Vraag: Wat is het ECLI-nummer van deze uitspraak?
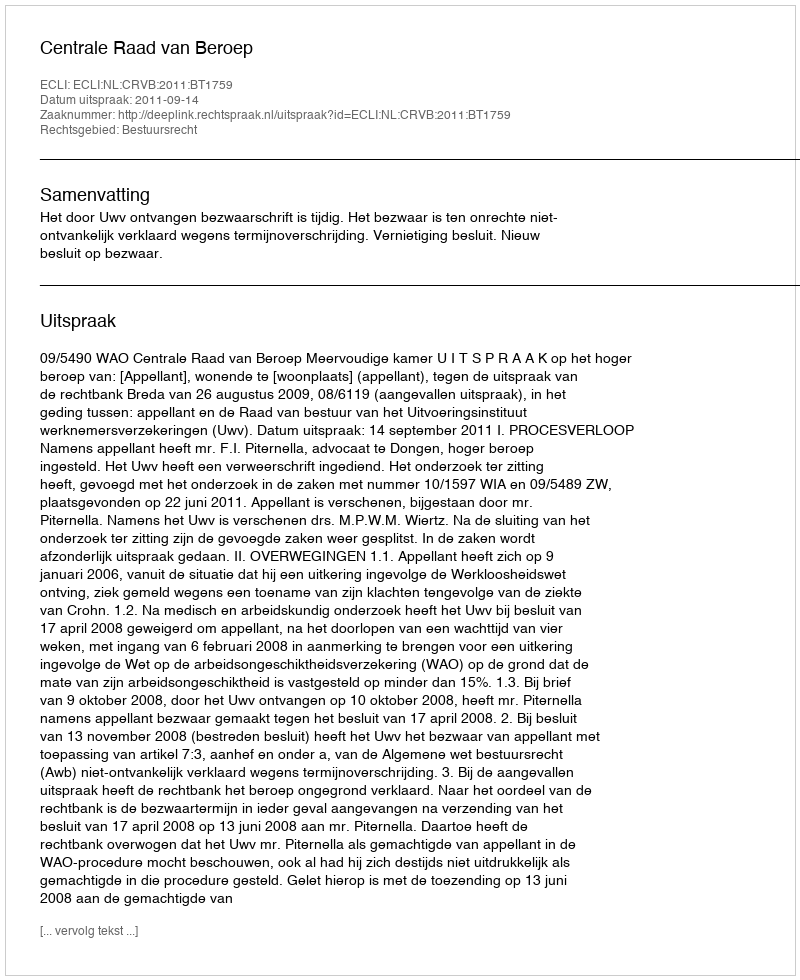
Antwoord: ECLI:NL:CRVB:2011:BT1759